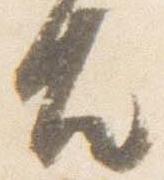
殿